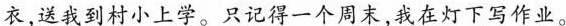
衣，送我到村小上学。只记得一下周末我在灯下写作业。